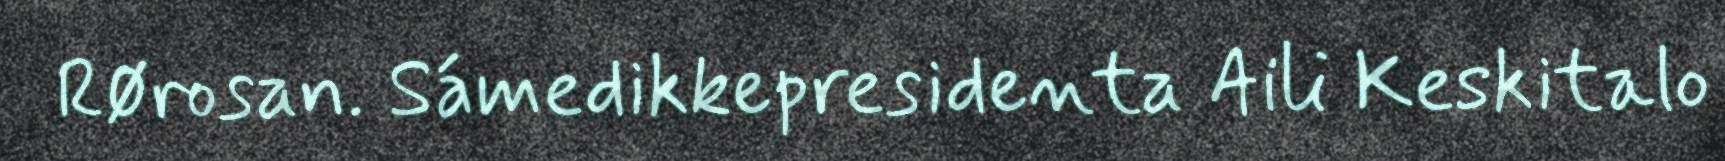
Rørosan. Sámedikkepresidenta Aili Keskitalo